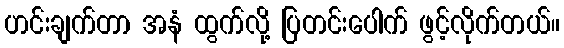
ဟင်းချက်တာ အနံ ထွက်လို့ ပြတင်းပေါက် ဖွင့်လိုက်တယ်။